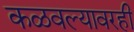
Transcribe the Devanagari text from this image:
कळवल्यावरही